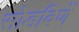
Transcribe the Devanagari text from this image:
सोडविणें